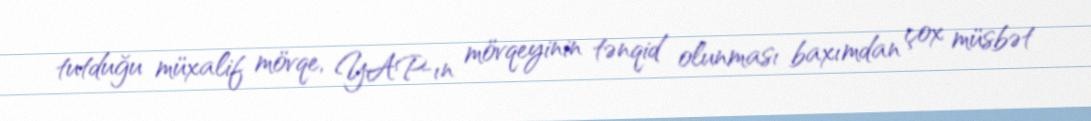
tutduğu müxalif mövqe, YAP-ın mövqeyinin tənqid olunması baxımdan çox müsbət